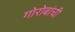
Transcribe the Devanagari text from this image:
गोरोबांची